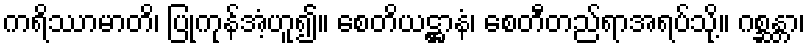
ကရိဿာမာတိ၊ ပြုကုန်အံ့ဟူ၍။ စေတိယဋ္ဌာနံ၊ စေတီတည်ရာအရပ်သို့။ ဂစ္ဆန္တာ၊